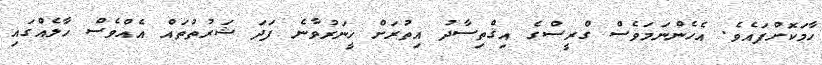
ހާމަކޮށްފައެވެ. އެހެންނަމަވެސް ގްރީސްގެ އިޤްތިސާދު އިތުރަށް ހީނަރުވާނެ ފަދަ ޝަރުތުތައް އެއްވެސް ހާލެއްގައި